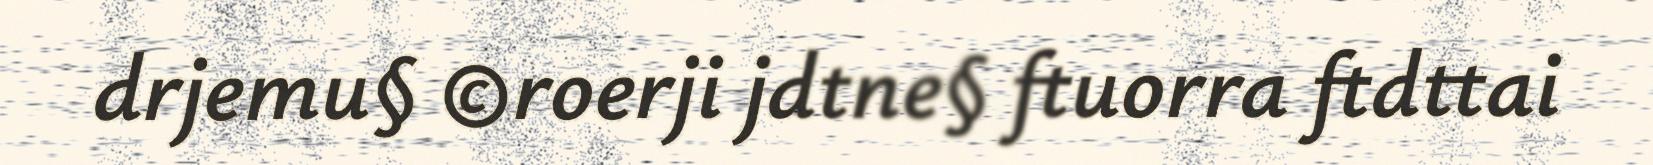
drjemu§ ©roerji jdtne§ ftuorra ftdttai